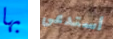
بها أستدعى